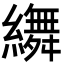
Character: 𦆞